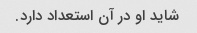
شاید او در آن استعداد دارد.